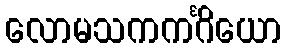
လောမသကကင်္ဂိယော